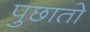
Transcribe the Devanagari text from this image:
पुछातो